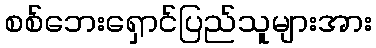
စစ်ဘေးရှောင်ပြည်သူများအား